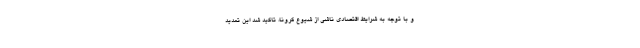
و با توجه به شرایط اقتصادی ناشی از شیوع کرونا، تاکید شد این تمدید